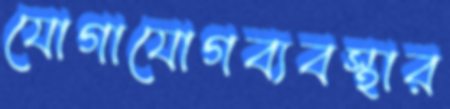
যোগাযোগব্যবস্থার